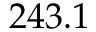
2 4 3 . 1